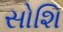
સોશિ